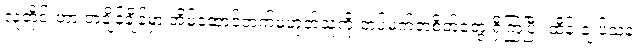
လူတိုင်းဟာ တချိန်ချိန်မှာ အိမ်ထောင်ဘက်မဟုတ်သူကို တပ်မက်တဲ့စိတ်တွေ ရှိကြပြီး ထိန်းချုပ်သူနဲ့